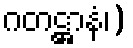
ဂတဋ္ဌာနံ၊)